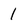
Character: 1